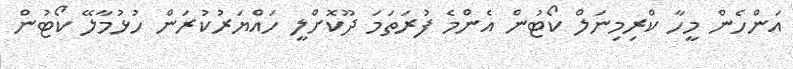
އަންހެން މީހާ ކްރިމިނަލް ކޯޓުން އެންމެ ފުރަތަމަ ދޫކޮށްލީ ހައްޔަރުކުރަން ހުޅުމާލޭ ކޯޓުން